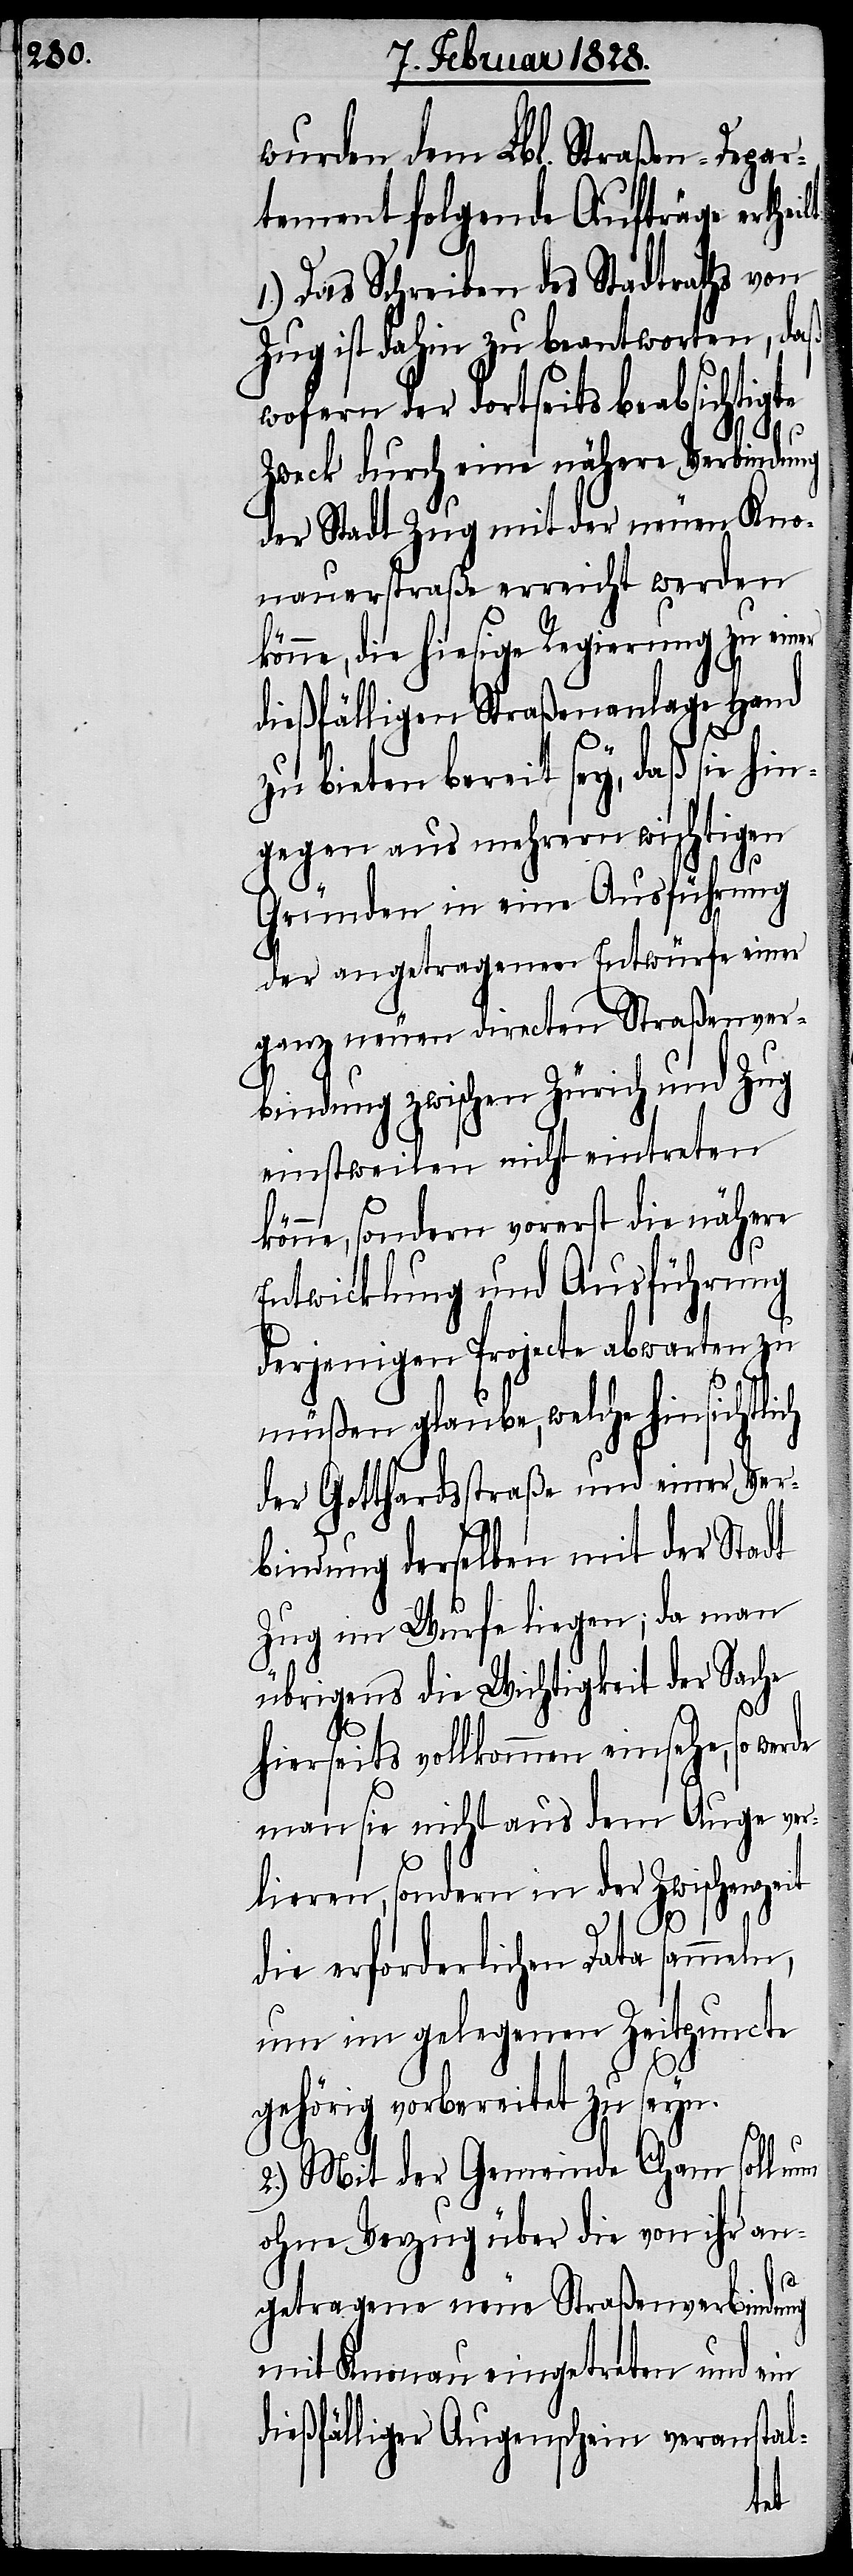
wurden dem Lbl. Straßen-Depar¬
tement folgende Aufträge erthe¬
1.) Das Schreiben des Stadtraths von
Zug ist dahin zu beantworten, daß
wofern der dortseits beabsichtigte
Zweck durch eine nähere Verbindung
der Stadt Zug mit der neuen Kno¬
nauerstraße erreicht werden
könne, die hiesige Regierung zu einer
dießfälligen Straßenanlage Hand
zu bieten bereit sey, daß sie hin¬
gegen aus mehrern wichtigen
Gründen in eine Ausführung
der angetragenen Entwürfe einer
ganz neuen directen Straßenver¬
bindung zwischen Zürich und Zug
einstweilen nicht eintreten
könne, sondern vorerst die nähere
Entwicklung und Ausführung
derjenigen Projecte abwarten zu
müßen glaube, welche hinsichtli¬
der Gotthardstraße und einer Ver¬
bindung derselben mit der Stadt
Zug im Wurfe liegen; da man
übrigens die Wichtigkeit der Sache
hierseits vollkommen einsehe, so we¬
man sie nicht aus dem Auge ver¬
lieren, sondern in der Zwischenzeit
die erforderlichen Data sammeln,
um im gelegenen Zeitpuncte
ilt:
gehörig vorbereitet zu seyn.
2.) Mit der Gemeinde Cham soll um
ohne Verzug über die von ihr an¬
getragene neue Straßenverbindung
mit Knonau eingetreten und ein
dießfälliger Augenschein veranstal-
rde